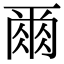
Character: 𫝃